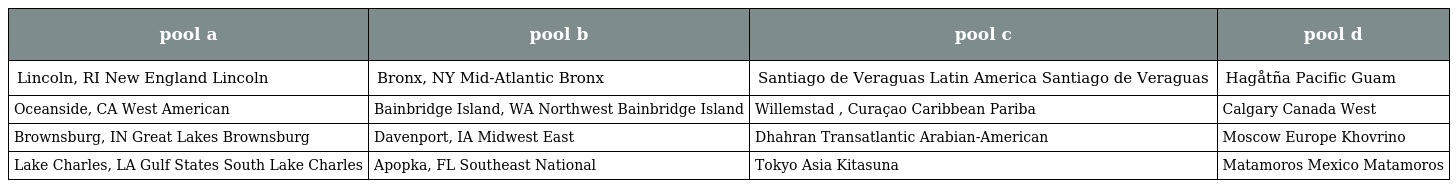
| pool a | pool b | pool c | pool d |
 | --- | --- | --- | --- |
 | Lincoln, RI New England Lincoln | Bronx, NY Mid-Atlantic Bronx | Santiago de Veraguas Latin America Santiago de Veraguas | Hagåtña Pacific Guam |
 | Oceanside, CA West American | Bainbridge Island, WA Northwest Bainbridge Island | Willemstad , Curaçao Caribbean Pariba | Calgary Canada West |
 | Brownsburg, IN Great Lakes Brownsburg | Davenport, IA Midwest East | Dhahran Transatlantic Arabian-American | Moscow Europe Khovrino |
 | Lake Charles, LA Gulf States South Lake Charles | Apopka, FL Southeast National | Tokyo Asia Kitasuna | Matamoros Mexico Matamoros |